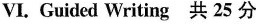
VI. Guided Writing 共 25 分